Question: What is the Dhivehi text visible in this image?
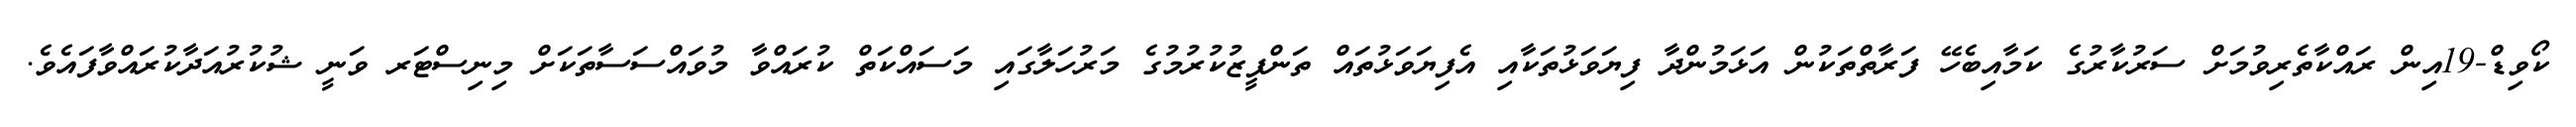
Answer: ކޯވިޑް-19އިން ރައްކާތެރިވުމަށް ސަރުކާރުގެ ކަމާއިބެހޭ ފަރާތްތަކުން އަޅަމުންދާ ފިޔަވަޅުތަކާއި އެފިޔަވަޅުތައް ތަންފީޒުކުރުމުގެ މަރުހަލާގައި މަސައްކަތް ކުރައްވާ މުވައްސަސާތަކަށް މިނިސްޓަރ ވަނީ ޝުކުރުއަދާކުރައްވާފައެވެ.